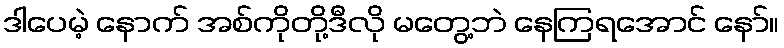
ဒါပေမဲ့ နောက် အစ်ကိုတို့ဒီလို မတွေ့ဘဲ နေကြရအောင် နော်။